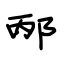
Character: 邴